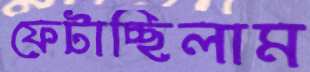
ফেটাচ্ছিলাম